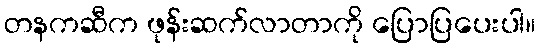
တနကဆီက ဖုန်းဆက်လာတာကို ပြောပြပေးပါ။